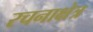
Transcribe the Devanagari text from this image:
रचनाक्षेत्र